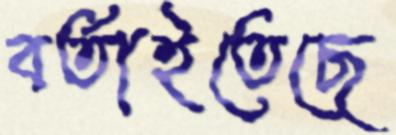
বর্তাইতেছে